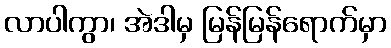
လာပါကွာ၊ အဲဒါမှ မြန်မြန်ရောက်မှာ